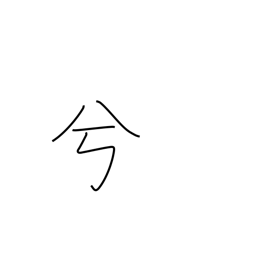
Meaning: auxiliary word for euphony or emphasis